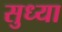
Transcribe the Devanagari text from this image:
सुध्या